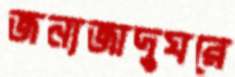
জন্যজাদুঘরে